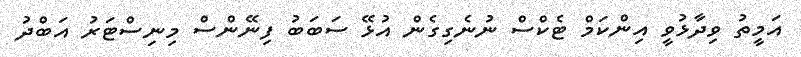
އަމީތު ވިދާޅުވީ އިންކަމް ޓެކްސް ނުނެގިގެން އުޅޭ ސަބަބު ފިނޭންސް މިނިސްޓަރު އަބްދު